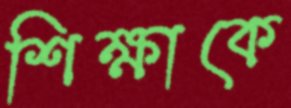
শিক্ষাকে